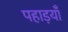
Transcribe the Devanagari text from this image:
पहाड़याँ